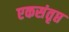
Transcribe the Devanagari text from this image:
एकसंतृप्त